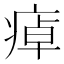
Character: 𤷘